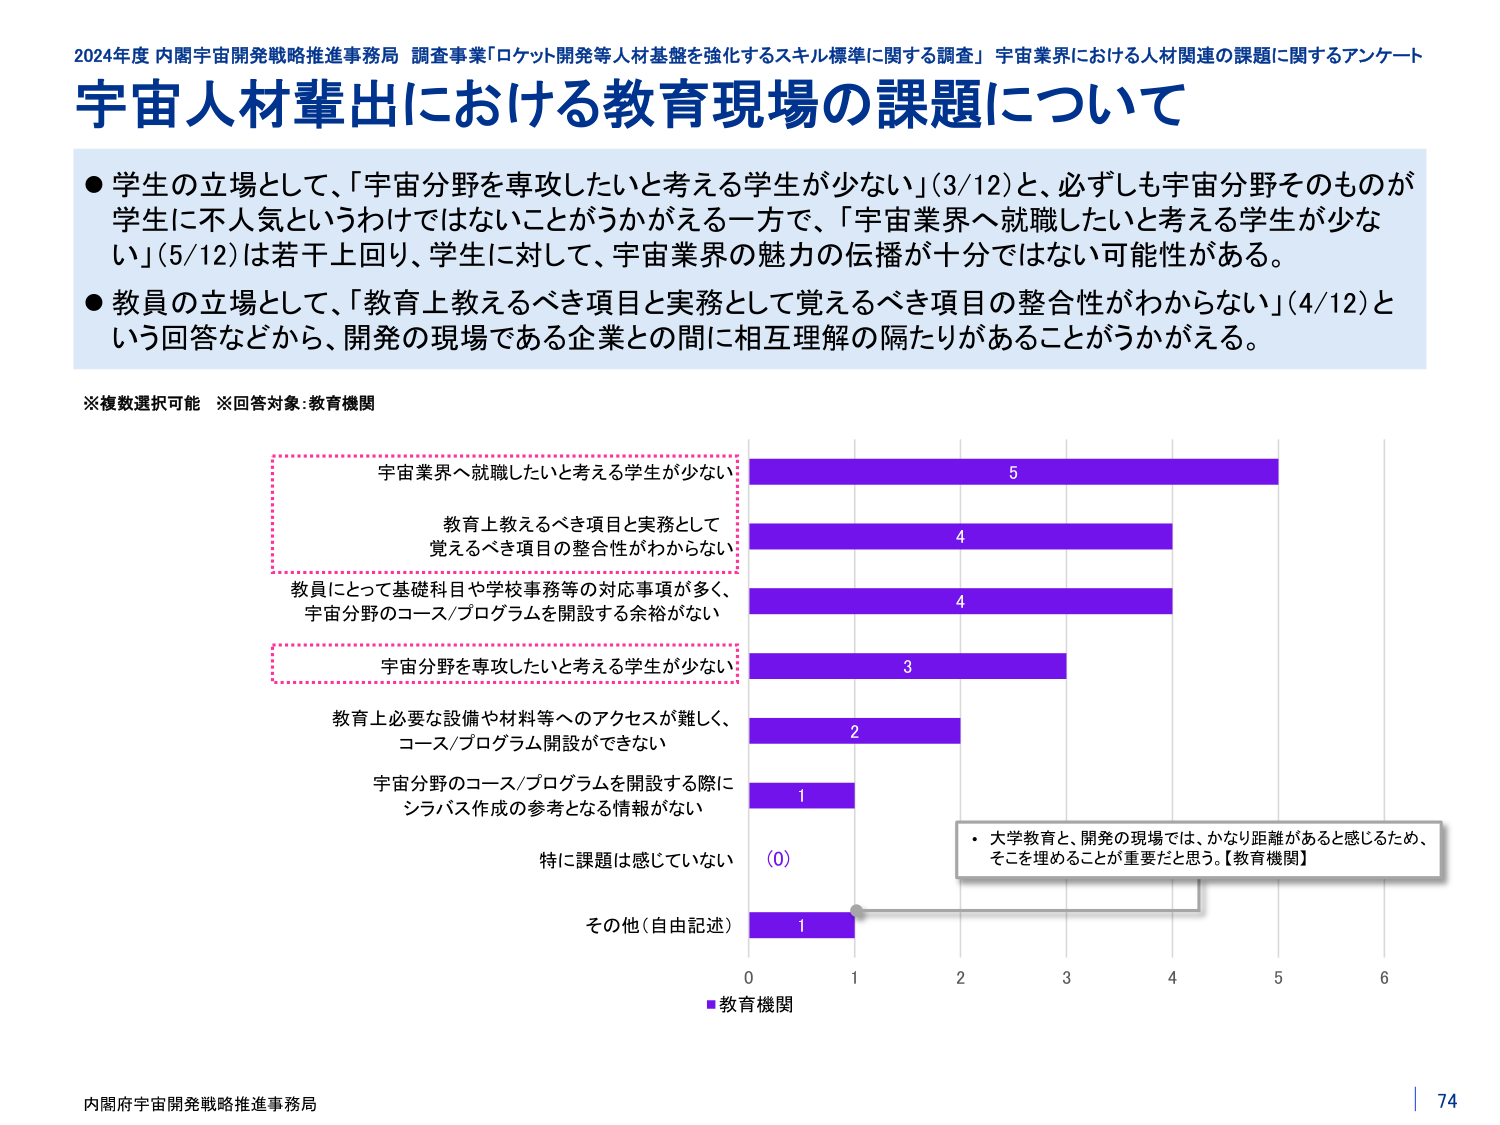
2024年度 内閣宇宙開発戦略推進事務局 調査事業「ロケット開発等人材基盤を強化するスキル標準に関する調査」 宇宙業界における人材関連の課題に関するアンケート
宇宙人材輩出における教育現場の課題について

● 学生の立場として、「宇宙分野を専攻したいと考える学生が少ない」（3/12）と、必ずしも宇宙分野そのものが学生に不人気というわけではないことがうかがえる一方で、「宇宙業界へ就職したいと考える学生が少ない」（5/12）は若干上回り、学生に対して、宇宙業界の魅力の伝播が十分ではない可能性がある。
● 教員の立場として、「教育上教えるべき項目と実務として覚えるべき項目の整合性がわからない」（4/12）という回答などから、開発の現場である企業との間に相互理解の隔たりがあることがうかがえる。

※複数選択可能 ※回答対象：教育機関

宇宙業界へ就職したいと考える学生が少ない 5
教育上教えるべき項目と実務として覚えるべき項目の整合性がわからない 4
教員にとって基礎科目や学校事務等の対応事項が多く、宇宙分野のコース/プログラムを開設する余裕がない 4
宇宙分野を専攻したいと考える学生が少ない 3
教育上必要な設備や材料等へのアクセスが難しく、コース/プログラム開設ができない 2
宇宙分野のコース/プログラムを開設する際にシラバス作成の参考となる情報がない 1
特に課題は感じていない (0)
その他（自由記述） 1

■教育機関

・大学教育と、開発の現場では、かなり距離があると感じるため、そこを埋めることが重要だと思う。【教育機関】

内閣府宇宙開発戦略推進事務局
74